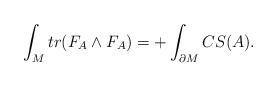
\begin{align*}\int_Mtr(F_A\wedge F_A)=+\int_{\partial M}CS(A).\end{align*}